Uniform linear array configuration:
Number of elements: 64
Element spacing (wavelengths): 0.5
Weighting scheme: uniform
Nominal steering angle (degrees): -45
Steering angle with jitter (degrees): -44.961
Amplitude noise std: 0.05
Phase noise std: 0.05

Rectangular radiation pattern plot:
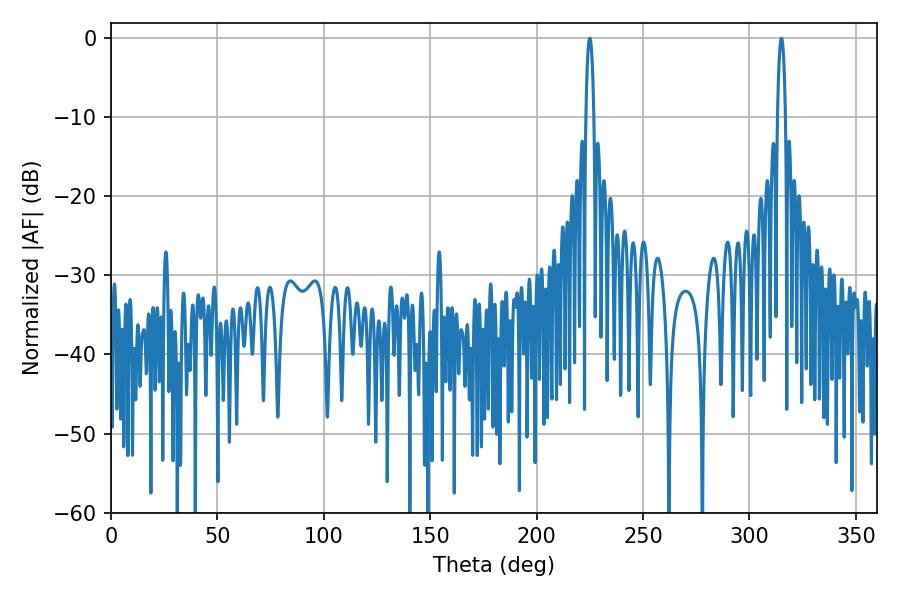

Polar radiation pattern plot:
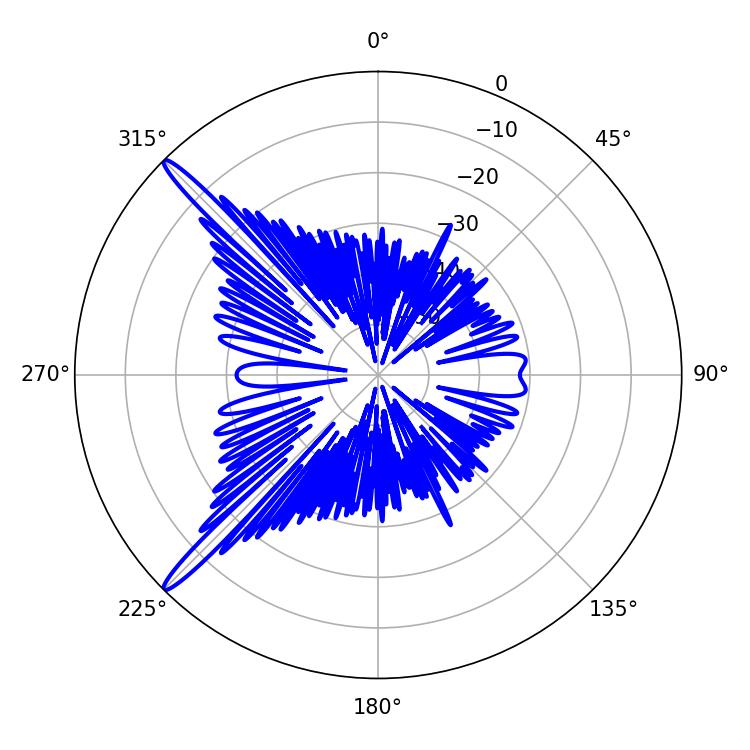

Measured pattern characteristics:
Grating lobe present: FALSE
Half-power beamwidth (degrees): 2.16
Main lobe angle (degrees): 225